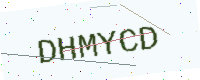
Text: DHMYCD